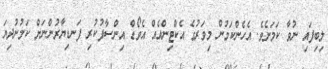
ލިބިފައި ނުވާ ކަމަށެވެ. އެހެންކަމުން މިވަރުގެ އެކްޓިންއެއް އެވޯޑް އިންސާފުކުރި ފަނޑިޔާރުންނަށް ކަމުނުދިޔަ